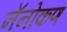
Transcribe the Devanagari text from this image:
नॅनोकण